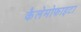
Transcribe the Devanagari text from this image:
कैलेमोफाइटा